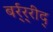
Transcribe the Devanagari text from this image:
बर्र्र्रीद्